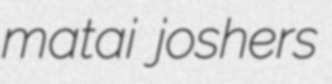
matai joshers